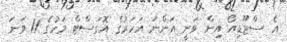
އެ ސްޓޫޑިއޯ އިން ވަނީ އަންނަ އަހަރުގެ އޮގަސްޓް މަހުގެ 11 ވަނަ